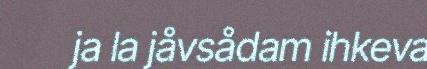
ja la jåvsådam ihkeva